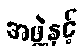
အဖွဲ့နှင့်